Report on vaccination in the Province of Bengal - 1874-1889
Year: 1874
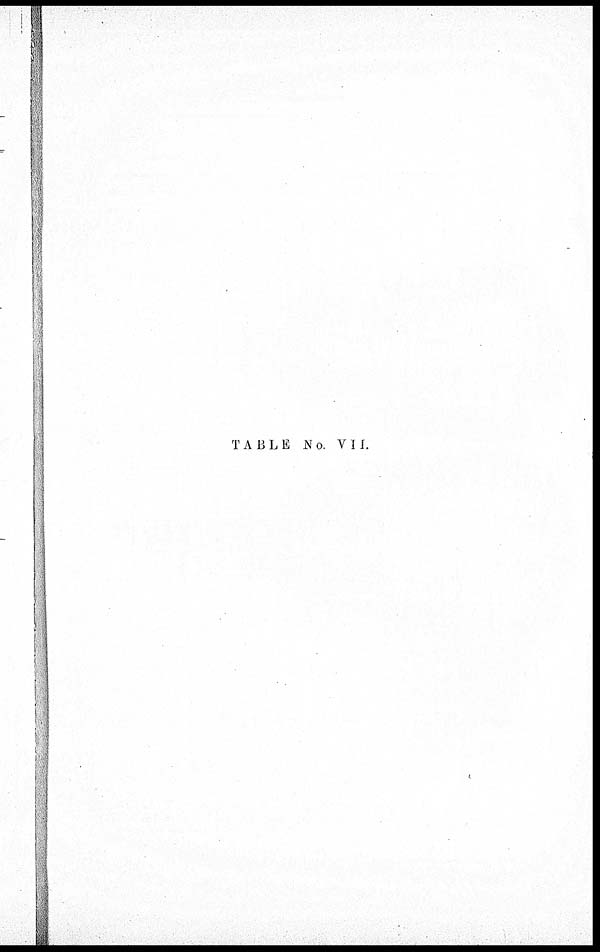
TABLE No. VII.